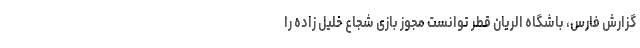
گزارش فارس، باشگاه الریان قطر توانست مجوز بازی شجاع خلیل زاده را